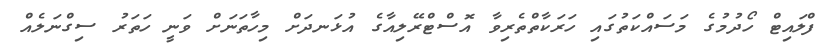
ފްލައިޓް ހޯދުމުގެ މަސައްކަތުގައި ހަރަކާތްތެރިވާ އޮސްޓްރޭލިއާގެ އުޅަނދަށް މިހާތަނަށް ވަނީ ހަތަރު ސިގްނަލެއް